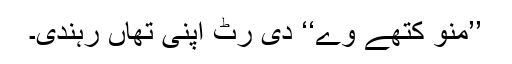
’’منو کتھے وے‘‘ دی رٹ اپنی تھاں رہندی۔